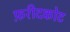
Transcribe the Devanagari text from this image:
फ़रीदकोट